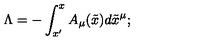
\Lambda = - \int _ { x ^ { \prime } } ^ { x } A _ { \mu } ( \tilde { x } ) d \tilde { x } ^ { \mu } ;